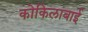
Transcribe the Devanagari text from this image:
कोकिलाबाई